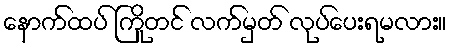
နောက်ထပ် ကြိုတင် လက်မှတ် လုပ်ပေးရမလား။